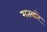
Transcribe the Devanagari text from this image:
मतवारे